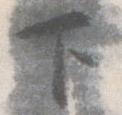
下